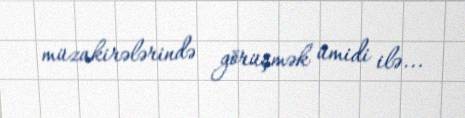
müzakirələrində görüşmək ümidi ilə...